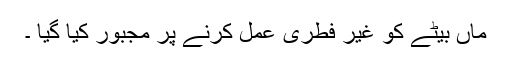
ماں بیٹے کو غیر فطری عمل کرنے پر مجبور کیا گیا ۔